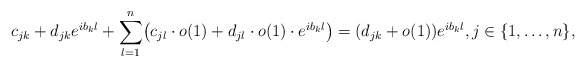
\begin{align*} c_{jk}+d_{jk} e^{i b_k \l} + \sum_{l=1}^n \bigl(c_{jl} \cdot o(1) + d_{jl} \cdot o(1) \cdot e^{i b_k \l}\bigr) = (d_{jk} + o(1)) e^{i b_k \l}, j \in \{1,\ldots,n\},\end{align*}